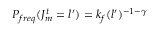
P _ { f r e q } ( J _ { m } ^ { t } = l ^ { \prime } ) = k _ { f } ( l ^ { \prime } ) ^ { - 1 - \gamma }